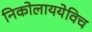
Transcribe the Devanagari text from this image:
निकोलाययेविच